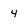
Character: 4